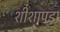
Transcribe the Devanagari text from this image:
शीशापड़ा